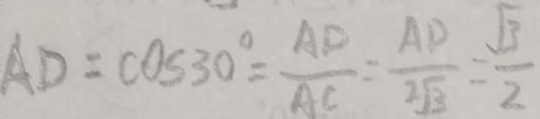
A D = \cos 3 0 ^ { \circ } = \frac { A D } { A C } = \frac { A D } { 2 \sqrt { 3 } } = \frac { \sqrt { 3 } } { 2 }